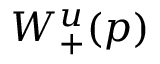
W _ { + } ^ { u } ( p )